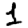
Digit: 1